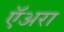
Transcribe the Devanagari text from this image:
ऍअरा